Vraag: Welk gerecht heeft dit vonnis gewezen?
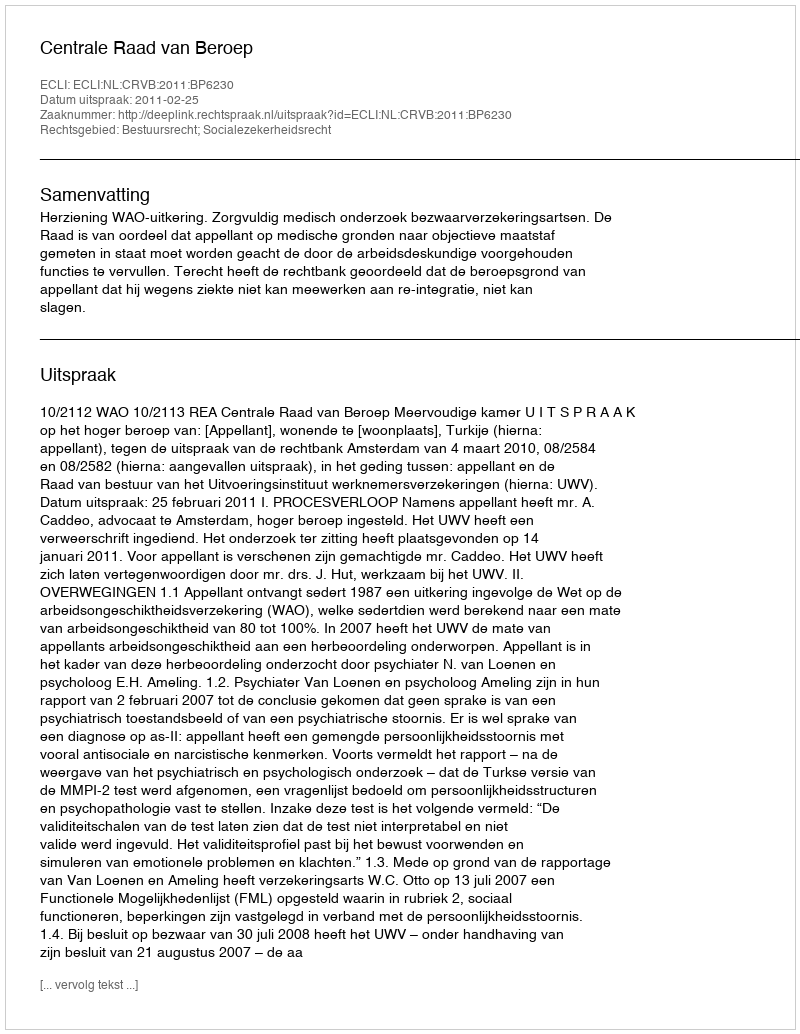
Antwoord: Centrale Raad van Beroep